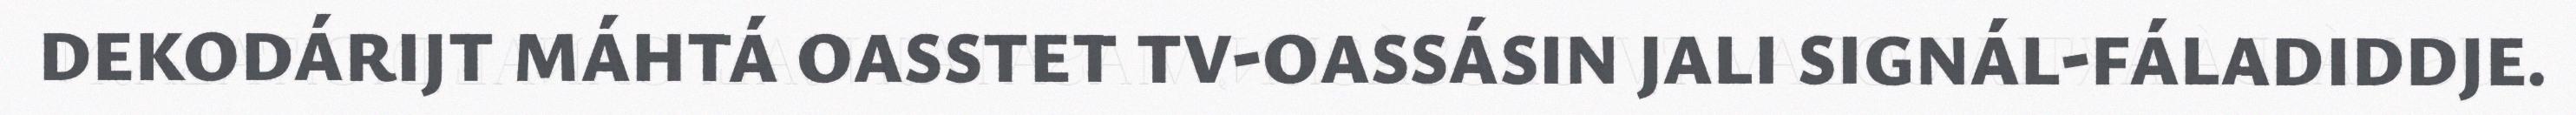
DEKODÁRIJT MÁHTÁ OASSTET TV-OASSÁSIN JALI SIGNÁL-FÁLADIDDJE.